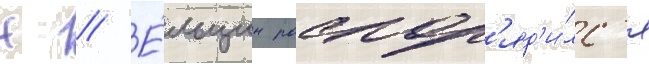
Н // Е́льцин распор'яд'и́лс'я